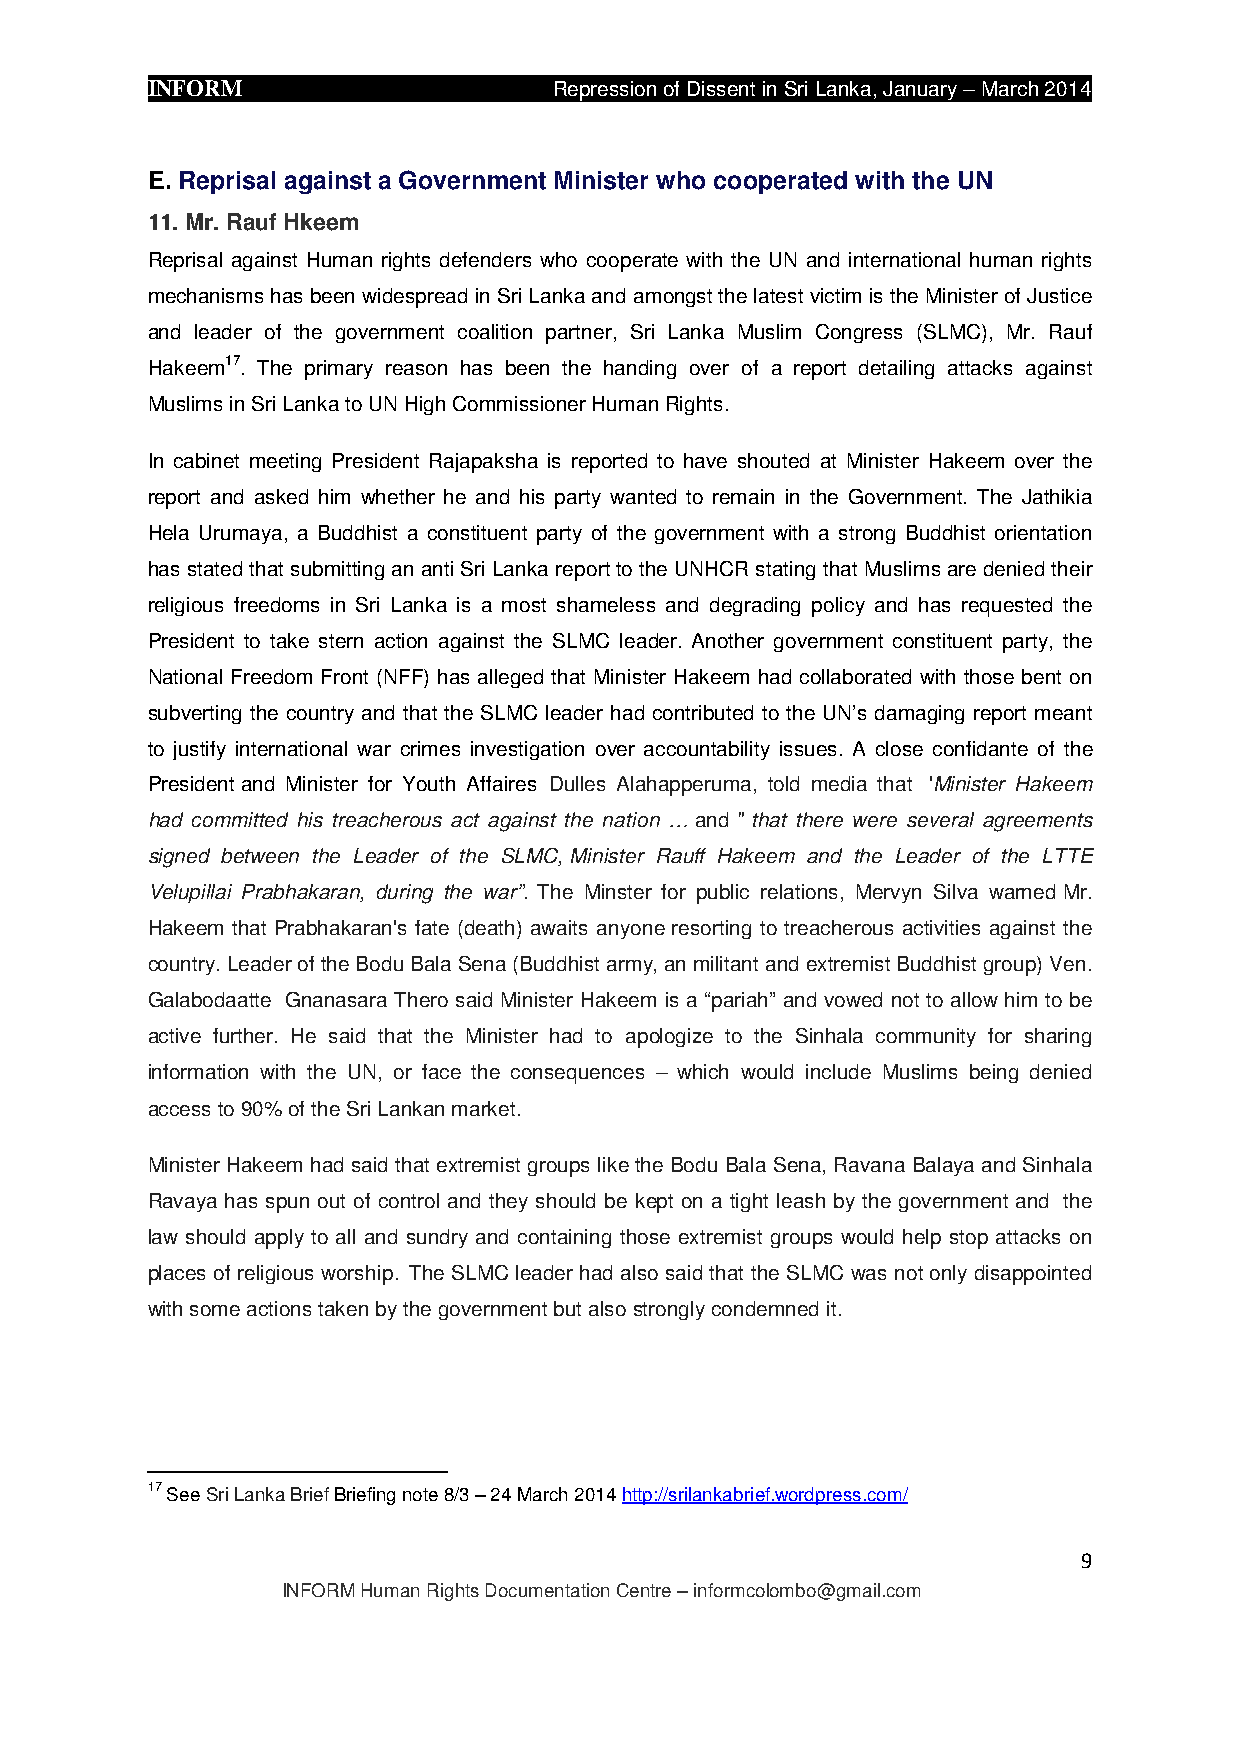
INFORM
 Repression of Dissent in Sri Lanka, January – March 2014
 E. Reprisal against a Government Minister who cooperated with the UN
 11. Mr. Rauf Hkeem
 Reprisal against Human rights defenders who cooperate with the UN and international human rights
 mechanisms has been widespread in Sri Lanka and amongst the latest victim is the Minister of Justice
 and leader of the government coalition partner, Sri Lanka Muslim Congress (SLMC), Mr. Rauf
 Hakeem17. The primary reason has been the handing over of a report detailing attacks against
 Muslims in Sri Lanka to UN High Commissioner Human Rights.
 In cabinet meeting President Rajapaksha is reported to have shouted at Minister Hakeem over the
 report and asked him whether he and his party wanted to remain in the Government. The Jathikia
 Hela Urumaya, a Buddhist a constituent party of the government with a strong Buddhist orientation
 has stated that submitting an anti Sri Lanka report to the UNHCR stating that Muslims are denied their
 religious freedoms in Sri Lanka is a most shameless and degrading policy and has requested the
 President to take stern action against the SLMC leader. Another government constituent party, the
 National Freedom Front (NFF) has alleged that Minister Hakeem had collaborated with those bent on
 subverting the country and that the SLMC leader had contributed to the UN’s damaging report meant
 to justify international war crimes investigation over accountability issues. A close confidante of the
 President and Minister for Youth Affaires Dulles Alahapperuma, told media that 'Minister Hakeem
 had committed his treacherous act against the nation … and " that there were several agreements
 signed between the Leader of the SLMC, Minister Rauff Hakeem and the Leader of the LTTE
 Velupillai Prabhakaran, during the war”. The Minster for public relations, Mervyn Silva warned Mr.
 Hakeem that Prabhakaran's fate (death) awaits anyone resorting to treacherous activities against the
 country. Leader of the Bodu Bala Sena (Buddhist army, an militant and extremist Buddhist group) Ven.
 Galabodaatte Gnanasara Thero said Minister Hakeem is a “pariah” and vowed not to allow him to be
 active further. He said that the Minister had to apologize to the Sinhala community for sharing
 information with the UN, or face the consequences – which would include Muslims being denied
 access to 90% of the Sri Lankan market.
 Minister Hakeem had said that extremist groups like the Bodu Bala Sena, Ravana Balaya and Sinhala
 Ravaya has spun out of control and they should be kept on a tight leash by the government and the
 law should apply to all and sundry and containing those extremist groups would help stop attacks on
 places of religious worship. The SLMC leader had also said that the SLMC was not only disappointed
 with some actions taken by the government but also strongly condemned it.
 17 See Sri Lanka Brief Briefing note 8/3 – 24 March 2014 http://srilankabrief.wordpress.com/
 9
 INFORM Human Rights Documentation Centre – informcolombo@gmail.com